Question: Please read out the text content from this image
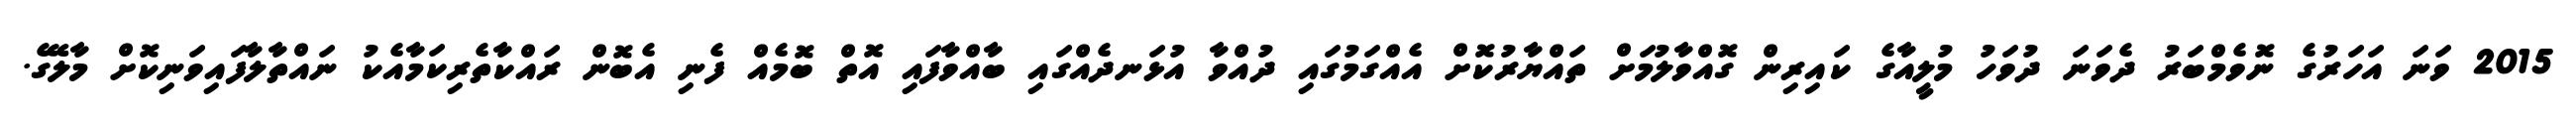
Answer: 2015 ވަނަ އަހަރުގެ ނޮވެމްބަރު ދެވަނަ ދުވަހު މުލީއާގެ ކައިރިން ގޮއްވާލުމަށް ތައްޔާރުކޮށް އެއްގަމުގައި ދުއްވާ އުޅަނދެއްގައި ބާއްވާފައި އޮތް ބޮމެއް ފެނި އެބޮން ރައްކާތެރިކަމާއެކު ނައްތާލާފައިވަނިކޮށް މާލޭގެ.